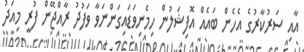
އާއި ސަރުކާރުގެ އެހެން ބައެއް އޮފިޝަލުން ހިމެނިވަޑައިގަންނަވާ ވަފުދު ރާއްޖޭން ފުރީ މިއަދު